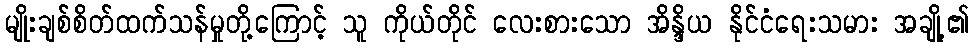
မျိုးချစ်စိတ်ထက်သန်မှုတို့ကြောင့် သူ ကိုယ်တိုင် လေးစားသော အိန္ဒိယ နိုင်ငံရေးသမား အချို့၏